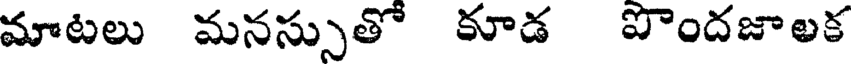
మాటలు మనస్సుతో కూడ పొందజాలక